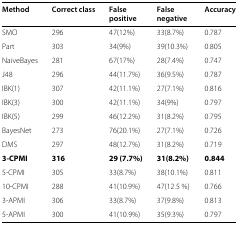
<table><thead><tr><td><b>Method</b></td><td><b>Correct class</b></td><td><b>Falsepositive</b></td><td><b>Falsenegative</b></td><td><b>Accuracy</b></td></tr></thead><tbody><tr><td>SMO</td><td>296</td><td>47(12%)</td><td>33(8.7%)</td><td>0.787</td></tr><tr><td>Part</td><td>303</td><td>34(9%)</td><td>39(10.3%)</td><td>0.805</td></tr><tr><td>NaiveBayes</td><td>281</td><td>67(17%)</td><td>28(7.4%)</td><td>0.747</td></tr><tr><td>J48</td><td>296</td><td>44(11.7%)</td><td>36(9.5%)</td><td>0.787</td></tr><tr><td>IBK(1)</td><td>307</td><td>42(11.1%)</td><td>27(7.1%)</td><td>0.816</td></tr><tr><td>IBK(3)</td><td>300</td><td>42(11.1%)</td><td>34(9%)</td><td>0.797</td></tr><tr><td>IBK(5)</td><td>299</td><td>46(12.2%)</td><td>31(8.2%)</td><td>0.795</td></tr><tr><td>BayesNet</td><td>273</td><td>76(20.1%)</td><td>27(7.1%)</td><td>0.726</td></tr><tr><td>DMS</td><td>297</td><td>48(12.7%)</td><td>31(8.2%)</td><td>0.719</td></tr><tr><td><b>3-CPMI</b></td><td><b>316</b></td><td><b>29 (7.7%)</b></td><td><b>31(8.2%)</b></td><td><b>0.844</b></td></tr><tr><td>5-CPMI</td><td>305</td><td>33(8.7%)</td><td>38(10.1%)</td><td>0.811</td></tr><tr><td>10-CPMI</td><td>288</td><td>41(10.9%)</td><td>47(12.5 %)</td><td>0.766</td></tr><tr><td>3-APMI</td><td>306</td><td>33(8.7%)</td><td>37(9.8%)</td><td>0.813</td></tr><tr><td>5-APMI</td><td>300</td><td>41(10.9%)</td><td>35(9.3%)</td><td>0.797</td></tr></tbody></table>